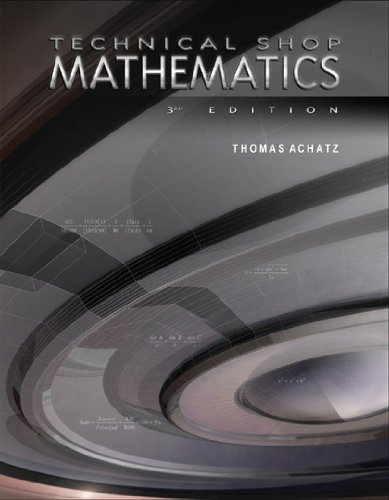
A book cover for Technical Shop Mathematics; Thomas Achatz; Science & Math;